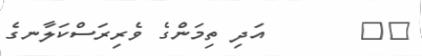
٥٧       އަދި ތިމަންގެ ވެރިރަސްކަލާނގެ